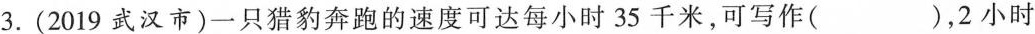
3. (2019 武汉市)一只猎豹奔跑的速度可达每小时 35 千米，可写作( )，2 小时